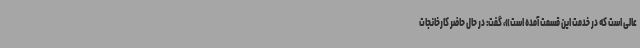
عالی است که در خدمت این قسمت آمده است»، گفت: در حال حاضر کارخانجات